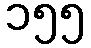
၁၅၅